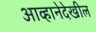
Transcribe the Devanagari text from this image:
आव्हानेदेखील